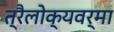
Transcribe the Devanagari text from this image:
त्रैलोक्यवर्मा